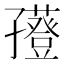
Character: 𡦮